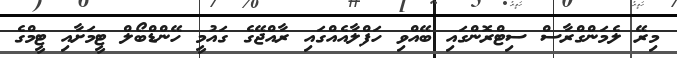
މިރޭ ލެމަންގްރާސް ސިޓްރޮންގައި ބޭއްވި ހަފްލާއެއްގައި ރާއްޖޭގެ ގައުމީ ހޭންޑްބޯލް ޓީމަށާއި ޓީމްގެ